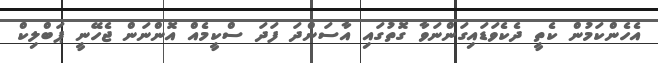
އެހެންކަމުން ކެތީ ދެކެވަޑައިގަންނަވާ ގޮތުގައި އާސަންދަ ފަދަ ސްކީމެއް އޮންނަން ޖެހޭނީ ޕަބްލިކް